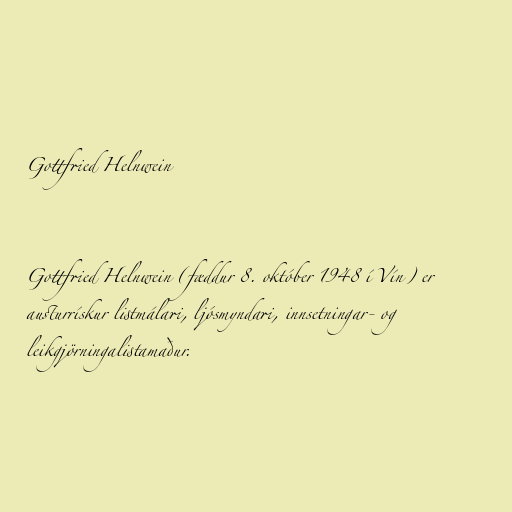
Gottfried Helnwein

Gottfried Helnwein (fæddur 8. október 1948 í Vín) er
austurrískur listmálari, ljósmyndari, innsetningar- og
leikgjörningalistamaður.